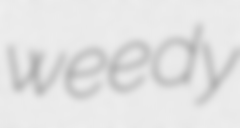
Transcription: weedy